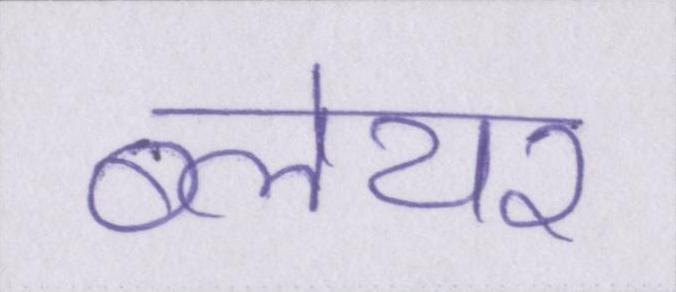
ब्लेयर